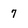
Character: 7